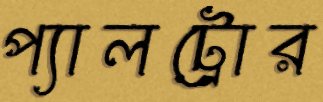
প্যালট্রোর